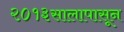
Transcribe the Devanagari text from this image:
२०१३सालापासून